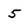
Character: 5